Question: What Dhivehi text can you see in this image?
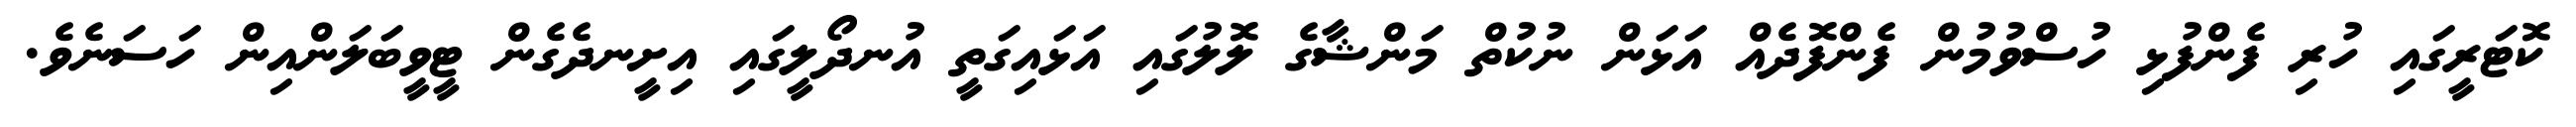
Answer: ކޮޓަރީގައި ހުރި ފެންފުޅި ހުސްވުމުން ފެންފޮދެއް އަޅަން ނުކުތް މަންޝާގެ ލޮލުގައި އަޅައިގަތީ އުނދޯލީގައި އިށީނދެގެން ޓީވީބަލަންއިން ހަސަނެވެ.